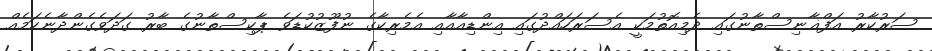
ސަރުކާރު އަފްޣާނިސްތާނުގައި ދެމިއޮތުމަކީ އެސަރަހައްދުގައި އިންޑިއާއާއި އެމެރިކާގެ ނުފޫޒުކުޑަވެ ޕާކިސްތާނުގެ ބާރު ގަދަވެގެންދާނެކަމެއް